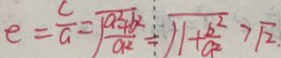
e = \frac { c } { a } = \sqrt { \frac { a ^ { 2 } + b ^ { 2 } } { a ^ { 2 } } } = \sqrt { 1 + \frac { b ^ { 2 } } { a ^ { 2 } } } > \sqrt { 2 } \cdot